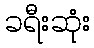
ခရီးဆုံး